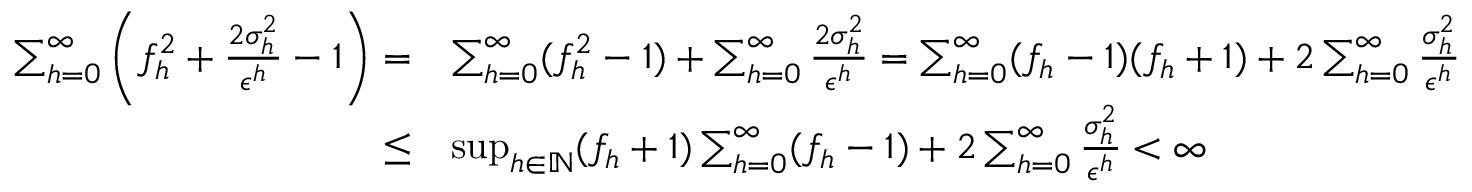
\begin{array} { r l } { \sum _ { h = 0 } ^ { \infty } \left( f _ { h } ^ { 2 } + \frac { 2 \sigma _ { h } ^ { 2 } } { \epsilon ^ { h } } - 1 \right) = } & { \sum _ { h = 0 } ^ { \infty } ( f _ { h } ^ { 2 } - 1 ) + \sum _ { h = 0 } ^ { \infty } \frac { 2 \sigma _ { h } ^ { 2 } } { \epsilon ^ { h } } = \sum _ { h = 0 } ^ { \infty } ( f _ { h } - 1 ) ( f _ { h } + 1 ) + 2 \sum _ { h = 0 } ^ { \infty } \frac { \sigma _ { h } ^ { 2 } } { \epsilon ^ { h } } } \\ { \leq } & { \operatorname* { s u p } _ { h \in \mathbb { N } } ( f _ { h } + 1 ) \sum _ { h = 0 } ^ { \infty } ( f _ { h } - 1 ) + 2 \sum _ { h = 0 } ^ { \infty } \frac { \sigma _ { h } ^ { 2 } } { \epsilon ^ { h } } < \infty } \end{array}